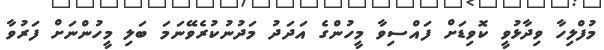
މުފްލިހާ ވިދާޅުވީ ކޮވިޑަށް ފައްސިވާ މީހުންގެ އަދަދު މަދުނުކުރެވޭނަމަ ބަލި މީހުންނަށް ފަރުވާ